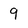
Character: 9